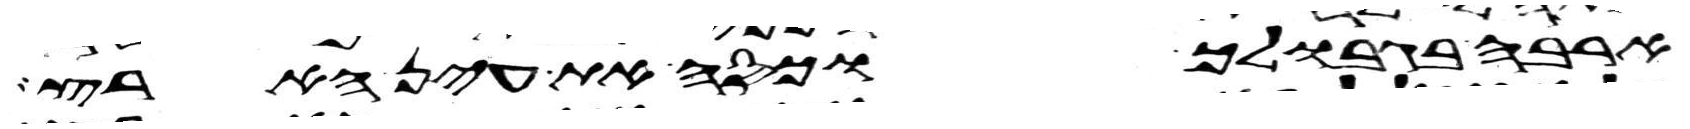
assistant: ארבה בגבולך וכסה את עין הארץ